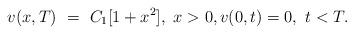
LaTeX: \begin{align*}v(x,T) \ = \ C_1[1+x^2], \ x>0, v(0,t)=0, \ t< T.\end{align*}